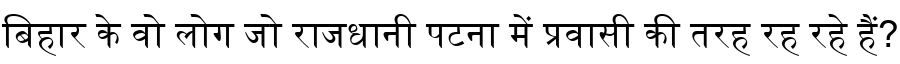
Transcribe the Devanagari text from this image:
बिहार के वो लोग जो राजधानी पटना में प्रवासी की तरह रह रहे हैं?